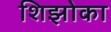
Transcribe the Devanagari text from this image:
शिझोका